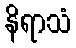
နိရာသံ